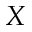
X